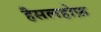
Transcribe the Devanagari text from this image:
हैसलहोफ़